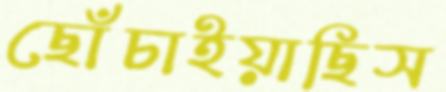
ছোঁচাইয়াছিস